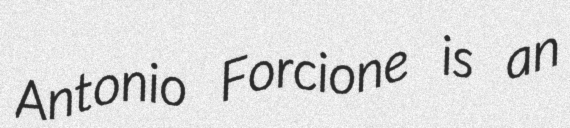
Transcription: Antonio Forcione is an